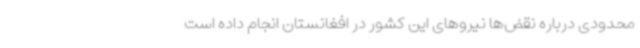
محدودی درباره نقض‌ها نیروهای این کشور در افغانستان انجام داده است